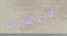
الأعشاب